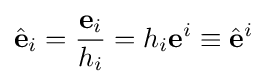
{\hat {\mathbf {e} }}_{i}={\frac {\mathbf {e} _{i}}{h_{i}}}=h_{i}\mathbf {e} ^{i}\equiv {\hat {\mathbf {e} }}^{i}